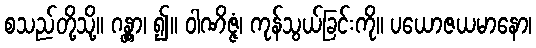
စသည်တို့သို့။ ဂန္တွာ၊ ၍။ ဝါဏိဇ္ဇံ၊ ကုန်သွယ်ခြင်းကို။ ပယောဇယမာနော၊